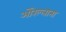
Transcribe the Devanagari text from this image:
ओरेल्लाना